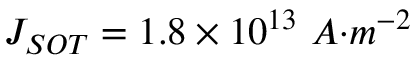
J _ { { S O T } } = 1 . 8 \times { 1 0 } ^ { 1 3 } \ { A } { { · } } { { m } } ^ { { - 2 } }